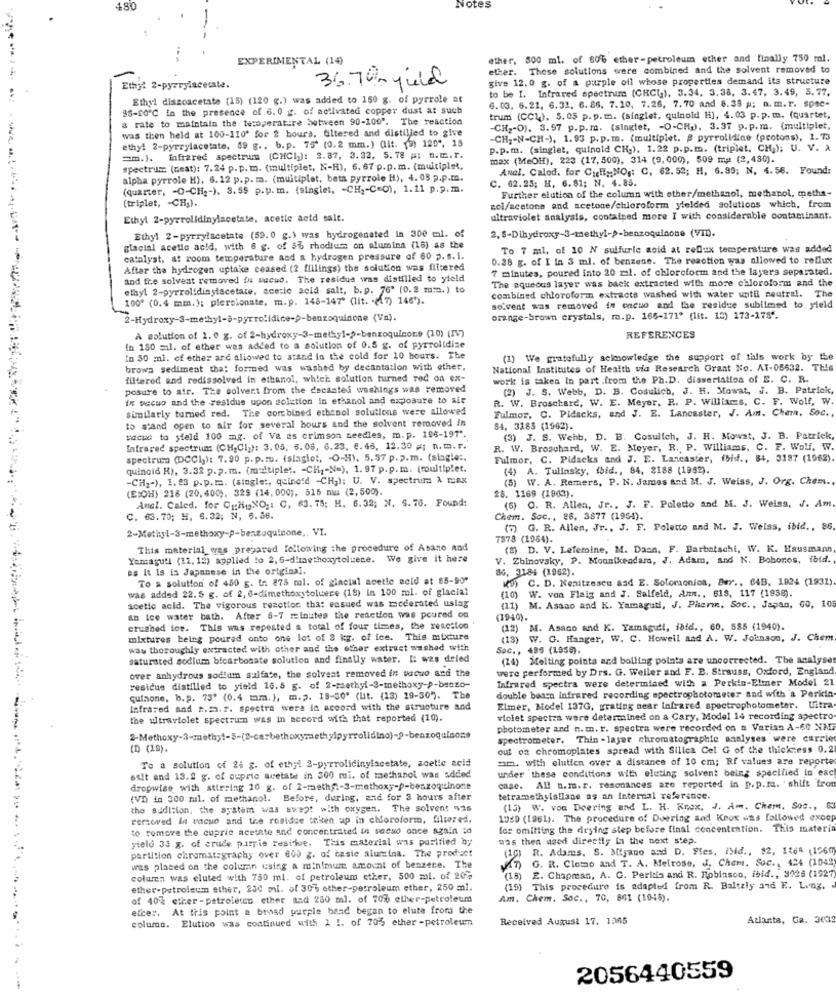
480
Notes
EXPERIMENTAL (14)
ether, 500 ml. of 60% ether-petroleum ether and finally 750 ml.
ether. These solutions were combined and the solvent removed to
give 12.0 g. of a purple ofl whose properties demand its structure
Ethj: 2-pyrrylacetate.
36.70- guld
to be I. Infrared spectrum (CHCI), 3.34, 3.38, 3.47, 3.49, 3.77.
Ethyl dissoacetate (15) (120 g.) was added to 150 g. of pyrrole at
95-80'℃ in the presence of 6. 0 g. of activated copper dust at such
6. 03. 6.21, 6.32, 6. 86, 7.10. 7.26, 7.70 and 8.38 ; a. m.r. spec-
a rate to maintain the tetoperatire between 90-100". The reaction
trum (CCL), 5. 05 p.p. m. (singlet, quinoid H), 4.03 p. p. m. (quartet,
was then held at 100-110ª for 2 hours, filtered and distilled to give
-CH2-O), 3.97 p.p. m. (singlet, - O-CH.), 3.37 p. p.m. (multiplet,
ethyl 2-pyrrylacetate, 49 g .. b.p. 75' (0.2 mm.) (lit. (2) 120", 15
-CH2-N-CH-), 1.93 p. p.m. (multiplet. # pyrrolidine (pcotons), 1.73
p.p.m. (singlet, quinold CH.). 1.22 p.p.m. (triplet, CH;); U. V. A
=m.). infrared spectrum (CHCl): 2.87, 3.32, 5. 78 #; n.m.r.
max (MeOH), 223 (17, 500), 314 (9, 000), 509 ma (2, 430).
spectrum (neat): 7.24 p. p. m. (multiplet, N-H), 6. 67 p.p. m. (multiplet,
ANal. Calod. for CicliyNO ,: C. 62. 52; H, 6.99; N. 4. 56. Found:
alpha pyrrole H), 6. 12 p. p. m. (multiplet, beta pyrzole H), 4. 05 p.p.m.
C. 62.25; H. 6.81; N. 4.85.
(quarter, - O-CH2-), 3.55 p.p. m. (singlet, - CH2-C=0), 1.11 p.p.m.
Further elution of the column with other/methanol, methanol, metha-
(triplet, - CH;).
zol/acetone and acetone/chloroform yielded solutions which, from
Ethyl 2-pyrrolidinylacetate, acetic acid salt.
ultraviolet analysis, contained more I with considerable contaminant.
2, 5-Dihydroxy-3-methyl->-benzoquinone (VID).
Ethyl 2-pyrrylacetate (59.0 g.) was hydrogenated in 300 ml. of
glacial acetic acid, with 6 g. of 5% rhodium on elumina (16) as the
To 7 ml, of 10 N sulfuric soid at redux temperature was added
catalyst, at room temperature and & hydrogen pressure of 60 p. s.1.
0.38 g. of I Ia 3 ml. of benzene. The reaction was allowed to reflux
After the hydrogen uptake ceased (2 flilings) the solution was filtered
7 minutes, poured into 20 zal. of chloroform and the layers separated.
and the solvent removed in vacuo. The residua was distilled to yield
The aqueous layer was back extracted with more chloroform and the
ethyl 2-pyrrolidinylacetate, acetic acid salt, b.p. 76' (0.2 m.m.) to
100 (0.4 mm.); plersionate, m.p. 146-147" (lit. . (17) 148).
combined chloroform extracts washed with water until neutral. The
solvent was removed in encuo and the residue subilmed to yield
2-Hydroxy-3-methyl-S-pyrrolidice-9-benzoquinone (Va).
orange-brown crystals, m.p. 166-171º (lit. 15) 173-175 *.
À solution of 1.0 g. of 2-hydroxy-3-methyl->-benzoquinote (10) (Iv)
REFERENCES
in 150 mil. of ether was added to a solution of 0.5 g. of pyrrolidise
In 80 mi. of ether and aliowed to stand in the cold for 10 hours. The
(1) We gratefully acknowledge the support of this work by the
brows sediment tha: formed was washed by decantation with other.
National Institutes of Health via Research Grant No. AT-05632. This
filtered and redissolved in ethanol, which solution turned red on ex-
work is taken In part .from the Ph.D. dissertation of E. C. R.
posure to air. The colvert from the decantes washings was removed
(2) J. S. Webb, D. B. Cosulich, J. H. Mowat, J. B. Patrick,
ix vacuo and the -residue upon solution In ethanol and exposure to air
R. W. Broschare, W. E. Meyer, R. P. Williams, C. F. Wolf, W.
similarly turned red. The combined ethanol solutions were allowed
Fulmor, C. Pidacks, and J. E. Lancaster, J. Am. Chem. Soc .,
to stand open to air for several hours and the solvent removed In
54, 3185 (1962).
vacuo to steld 100 mg. of Va as crimson needles, m.p. 196-197'.
(3) J. S. Wehb, D. B. Cosulich, J. H. Mowat, J. B. Patrick,
Infrared spectrum (CH,CI)): 3. 05. 6. 06, 6.23. 6. 46, 12.30 #; n.m. r.
R. W. Broschard, W. E. Meyer, R. P. Williams. C. F. Wolf. W.
spectrum (DCC1): 7.90 p. p.mu. (slaglet, O-H). 5.57 p.p.m. (siagie :.
Fulmor, C. Pidacks and J. E. Lancaster, fbid ., 84, 3187 (1962).
quincid H), 3.32 p. p. m. (multiple !. - CH ,- N=), 1. 97 p.p. m. (multiplet.
(4) A. Tulinsky, fbid ., 84, 2188 (1982).
-CH2"), 1. 23 p.p. m. (single :, quinoid -CH3): U. V. spectrum À max
(5) W. A. Remers, P. N. James and M. J. Weiss, J. Org. Chem ..
(E:OH) 218 (20,400). 329 (14, 000), 515 mu: (2,500).
Anel. Caled. for CrHINO ,: C, 63. 75; H. 6.32; N, S. 76. Found:
26. 1169 (1963).
6) O. R. Allen, Jr ., J. F. Poletto and M. J. Weiss, J. Am
C. 63.70; H, 6.32; N, 6.86.
Chem. Soc ., 26, 3877 (1954).
2-Methyl-S-methoxy-P-bentoquinone ,. VI.
(5) G. R. Allen, Jr ., J. F. Poletto and M. J. Weiss, ibid ., 86
7878 (1984).
This material was prepared following the procedure of Asano and
(2) D. V. Lefemine, M. Dann, F. Barbatschi, W. K. Hausmann,
Yamaguti (12, 15) applied to 2, 6-dimethoxytoluene. We give it here
V. Zbinovsky, P. Mounikeadamo, J. Adam, and N. Boboros, ibid.
es it is is Japanese in the original.
86, 3184 (1962).
To a solution of 450 g. In 878 mal. of glacial acetle noid at 85-90"
KJ) C. D. Menitzesee and E. Solomonjos, Bar ., 64B, 1924 (1931).
was added 22. 5 g. of 2, 6-dimethoxytoldere (18) in 100 ml. of glacial
(10) W. von Flaig and J. Salfeld, Ann .. 618, 117 (1958).
acetic acid. The vigorous reaction tha: ensued was moderated using
(11) M. Asano and K. Yamaguti, J. Phern. Soc ., Japan, G0, 105
an Ice water bath. After 6-7 minutes the reaction was poured ou
(1949).
cruaned for. This was repeated a total of four times, the resetton
(12) M. Asaco and K. Yamaguil, iofd ., 60, 585 (1940).
mixtures being poured onto one lot of 3 kg. of ice. This mixture
(13)
W. G. Hanger, W. C. Howell and A. W. Johnson, J. Chem
was thoroughly extracted with other and the other extract washed with
Soc ., 499 (1959).
saturated sodium bicarbonate solution and finally water. I wes deled
(24) Melting points and boiling pointa are uncorrected. The analyses
over anhydrous sodium sulfate, the solvent removed in tocuo and the
were performed by Drs. G. Weller and F. B. Strauss, Oxford, England
Infrared spectra were determined with a Perkin-Eliner Model 21
residue distilled to yield 16.5 g. of 2-raethyl-3-methoxy-p-benzo-
double bearn Infrared recording spectrophotometer and with'& Perkin
quinone, b. p. 73' (0.4 mm.), m.p. 18-30' (lit. (13) 29-30". The
Infrared and h.m.r. spectra were in accord with the structure and
Elmer, Model 137G, grating near infrared spectrophotometer. Uitra
the ultraviolet spectrum was in accord with that reported (10).
viciet spectra were determined on & Cary, Model 14 recording spectro
photometer and n. m. r. spectra were recorded on a Varian A-60 XNE
2-Methoxy-3-methyl-5-(B-carbethoxymethylpyrrolidino)-2-benzoquinone
spectrometer. Thin - layer chromatographie analyses were carried
(D) (15).
out on chromoplates spread with Silica Cel G of the thickness 0.2
Te a solution of 24 g. of ethyi 2-pyrrolidinylacetate, acetic acid
um. with elutien over a distance of 10 cm; Rf values are reporte
under these conditions with eluting solvent being specified in esc
ssit and 13.2 g. of oupric acetate in 300 mi. of methanol was added
All u.m.r. resonances are reported in p.p.m. shift from
dropwise with stirring 20 g. of 2-methf .- 3-methoxy-p-benzoquinone
case.
(VD) in 300 ml. of methanol. Before, during, and for 3 hours after
tetramethylallase as an internal reference.
the audition, the system was swept with oxygen. The solvent wis
(13) W. von Deering and L. H. Knox, J. Am. Chem. Soc ., 63
removed In vacuo and the residse token up in chloroform, filtered,
1089 (1961). The procedure of Doering and Knox ans followed exoop
to remove the cupric acetate and concentrated il vacuo once again :o
fos omitting the drying step before final concentration. This materia
yield 33 g. of crude pirrie residue. This material was purified by
was then used directly In the next step.
partition chromatography over 600 g. of basic alumina. The product
(10) R. Adams. S. Mijano and D. Fles, ibid ., 82. 1164 (1960
AT) G. R. Clomo and T. A. Melrose, J. Chem. Soc ., 424 (1042
was placed on the column using a minimum amount of benzene. The
column was eluted with 750 ml. of petroleum other, 500 ml. of 20%
3) E. Chapman, A. G. Peridis and R. Robinson, ibid ., 3028 (1927
ether-petroleum ether, 230 ml. of 307, other-petroleum ether, 250 ml.
(19) This procedure is adapted from R. Baltzly and E. L.ng.
of 40% ether -petroleum ether and 250 ml. of 70% elher-petroleum
Am, Chem. Soc ., 70, 861 (1045).
etce :.
At this point a broad purple band began to elute from the
column. Elutico was continued with 1 1. of 70% ether -petroleum
Received August 17. 1265
Atlanta, Ga. 3032
2056440559